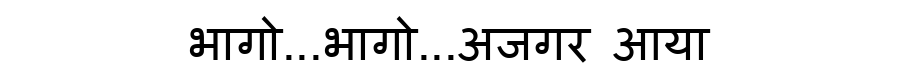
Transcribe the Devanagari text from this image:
भागो...भागो...अजगर आया